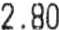
2.80